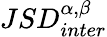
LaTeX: JSD_{inter}^{\alpha,\beta}